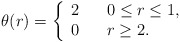
\begin{align*} \theta(r)= \left\{\begin{array}{ccl}2 & &0\leq r\leq 1, \\0 & & r\geq 2.\end{array}\right.\end{align*}